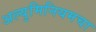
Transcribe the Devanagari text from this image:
अल्युमिनियमचा